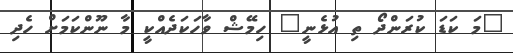
"މަ ކަޑަ ކުރަންދޯ ތި އުޅެނީ" ހިމޭޝް ވާހަކަދެއްކީ މާ ނޫންކަމަށް ހެދި